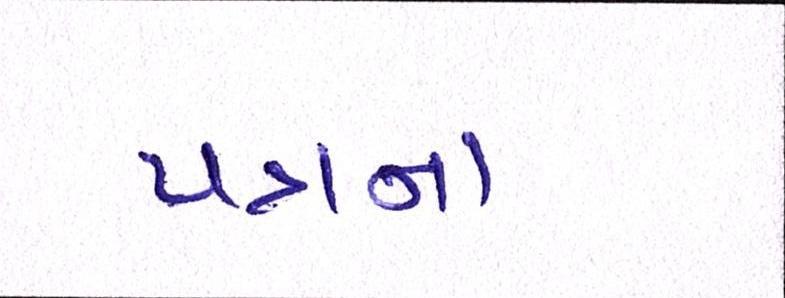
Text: પત્રના